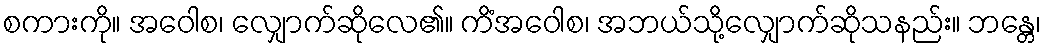
စကားကို။ အဝေါစ၊ လျှောက်ဆိုလေ၏။ ကိံအဝေါစ၊ အဘယ်သို့လျှောက်ဆိုသနည်း။ ဘန္တေ၊